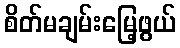
စိတ်မချမ်းမြေ့ဖွယ်